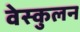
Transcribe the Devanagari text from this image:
वेस्कुलन